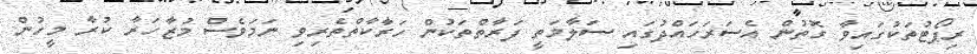
ރިޕޯޓުތަކުގައިވާ ގޮތުން އެސަރަހައްދުގައި ސަލާމަތީ ފަރާތްތަކުން ހަރާކާތްތެރިވި ނަމަވެސް މުޒާހަރާ ކުރާ މީހުން